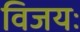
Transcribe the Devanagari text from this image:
विजयः